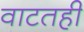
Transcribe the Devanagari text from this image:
वाटतही